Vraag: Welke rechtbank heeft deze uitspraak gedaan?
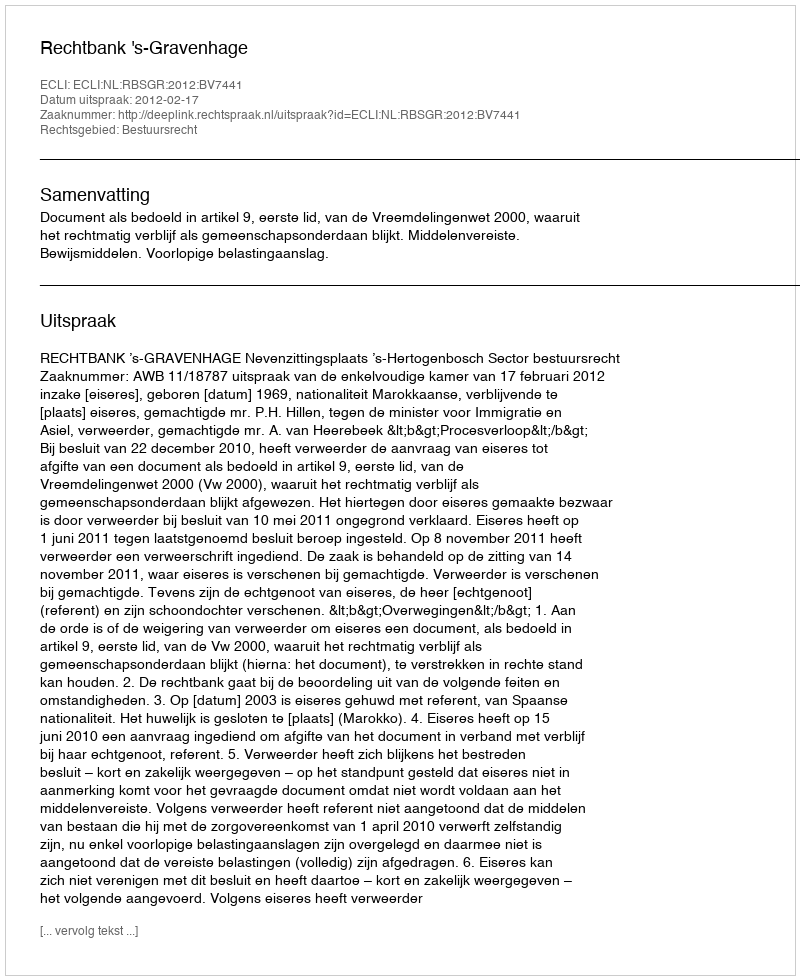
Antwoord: Rechtbank 's-Gravenhage